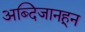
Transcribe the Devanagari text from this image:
अब्दिजानहून